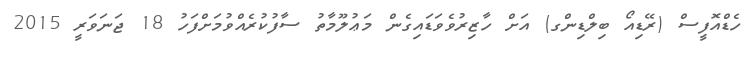
ހެޑްއޮފީސް (ރޭޑިއޯ ބިލްޑިންގ) އަށް ހާޒިރުވެވަޑައިގެން މަޢުލޫމާތު ސާފުކުރެއްވުމަށްފަހު 18 ޖަނަވަރީ 2015